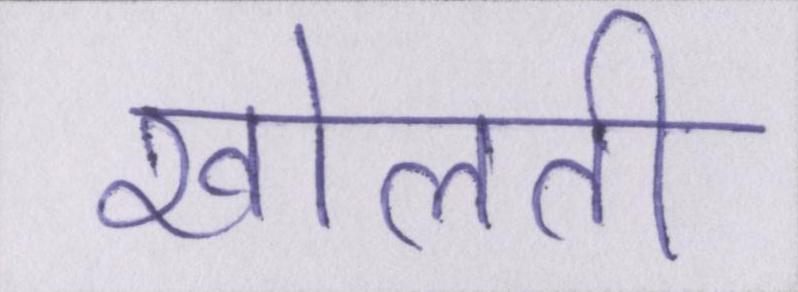
खोलती